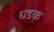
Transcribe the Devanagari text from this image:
धडक्